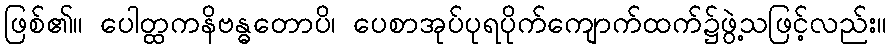
ဖြစ်၏။ ပေါတ္ထကနိဗန္ဓတောပိ၊ ပေစာအုပ်ပုရပိုက်ကျောက်ထက်၌ဖွဲ့သဖြင့်လည်း။